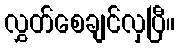
လွှတ်စေချင်လှပြီ။